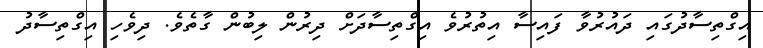
އިގްތިސާދުގައި ދައުރުވާ ފައިސާ އިތުރުވެ އިގްތިސާދަށް ދިރުން ލިބުން ގާތެވެ. ދިވެހި އިގްތިސާދު